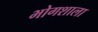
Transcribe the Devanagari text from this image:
भोगशाला